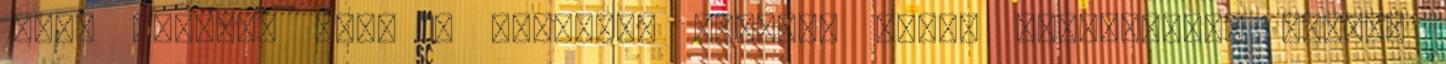
1849. március vége – Trattner ezredes újabb vizsgálatot rendel